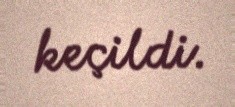
keçildi.